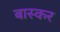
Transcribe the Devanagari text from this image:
बास्कर